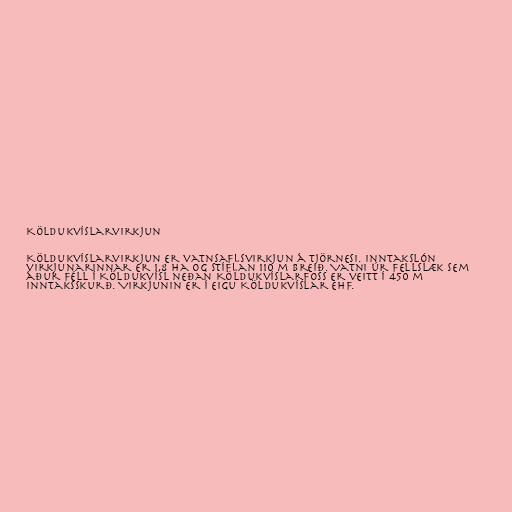
Köldukvíslarvirkjun

Köldukvíslarvirkjun er vatnsaflsvirkjun á Tjörnesi. Inntakslón
virkjunarinnar er 1,8 ha og stíflan 110 m breið. Vatni úr Fellslæk sem
áður féll í Köldukvísl neðan Köldukvíslarfoss er veitt í 450 m
inntaksskurð. Virkjunin er í eigu Köldukvíslar ehf.